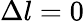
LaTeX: \Delta l=0